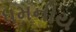
ધમનીય